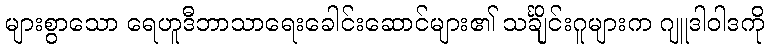
များစွာသော ရေဟူဒီဘာသာရေးခေါင်းဆောင်များ၏ သင်္ချိုင်းဂူများက ဂျူဒါဝါဒကို